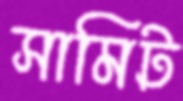
সামিট